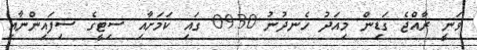
ވަނީ ރާއްޖެ ގަޑިން މިއަދު ހެނދުނު 09.30 ގައި ކަމަށާއި ސިޓީގެ ސިފައިންނާއި